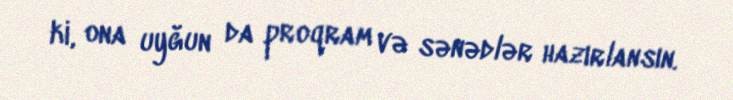
ki, ona uyğun da proqram və sənədlər hazırlansın.